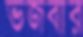
ভজবার